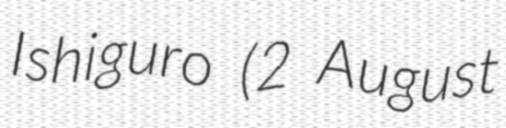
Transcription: Ishiguro (2 August